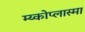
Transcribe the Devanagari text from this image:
म्य्कोप्लास्मा